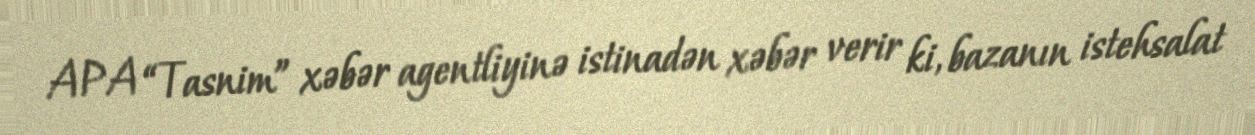
APA “Tasnim” xəbər agentliyinə istinadən xəbər verir ki, bazanın istehsalat